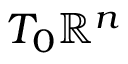
T _ { 0 } \mathbb { R } ^ { n }